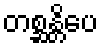
တစ္ဆန္တိပေ